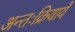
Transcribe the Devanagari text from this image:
अन्तःक्रियायें